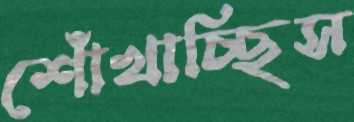
শোঁখাচ্ছিস